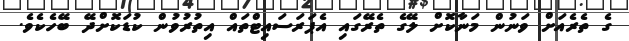
ގެ ތެރެއަށް ވަނުން މަނާކޮށް ލޭގެ ތެރޭގައި އެޕަރަސައިޓްތައް އިތުރުވުން ކުޑަކޮށްދޭ ބޭހެކެވެ.